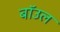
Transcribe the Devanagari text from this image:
बॉउल